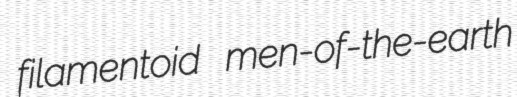
filamentoid men-of-the-earth